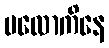
ပလောကိနေ